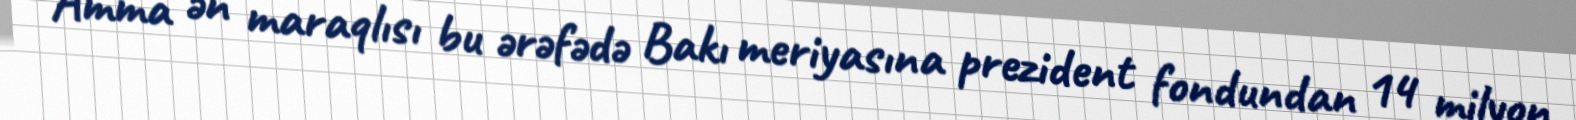
Amma ən maraqlısı bu ərəfədə Bakı meriyasına prezident fondundan 14 milyon